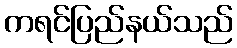
ကရင်ပြည်နယ်သည်